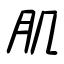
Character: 肌